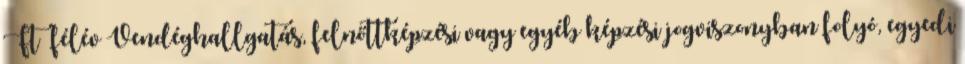
Ft félév Vendéghallgatás, felnőttképzési vagy egyéb képzési jogviszonyban folyó, egyedi